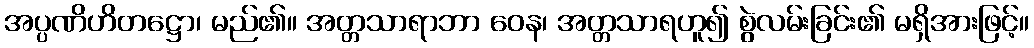
အပ္ပဏိဟိတဋ္ဌော၊ မည်၏။ အတ္တသာရာဘာ ဝေန၊ အတ္တသာရဟူ၍ စွဲလမ်းခြင်း၏ မရှိအားဖြင့်။